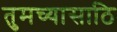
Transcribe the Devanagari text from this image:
तुमच्यासाठि